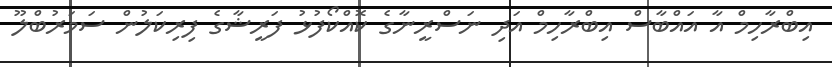
އިބްރާހިމް އާ އައްބާސް އިބްރާހިމް އަދި ނަސްރީނާގެ ކޮއްކޯފުޅު ފަރީޝާގެ ފިރިކަލުން ސަމަރުބްލޫ